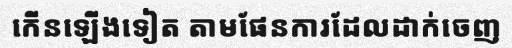
កើនឡើងទៀត តាមផែនការដែលដាក់ចេញ